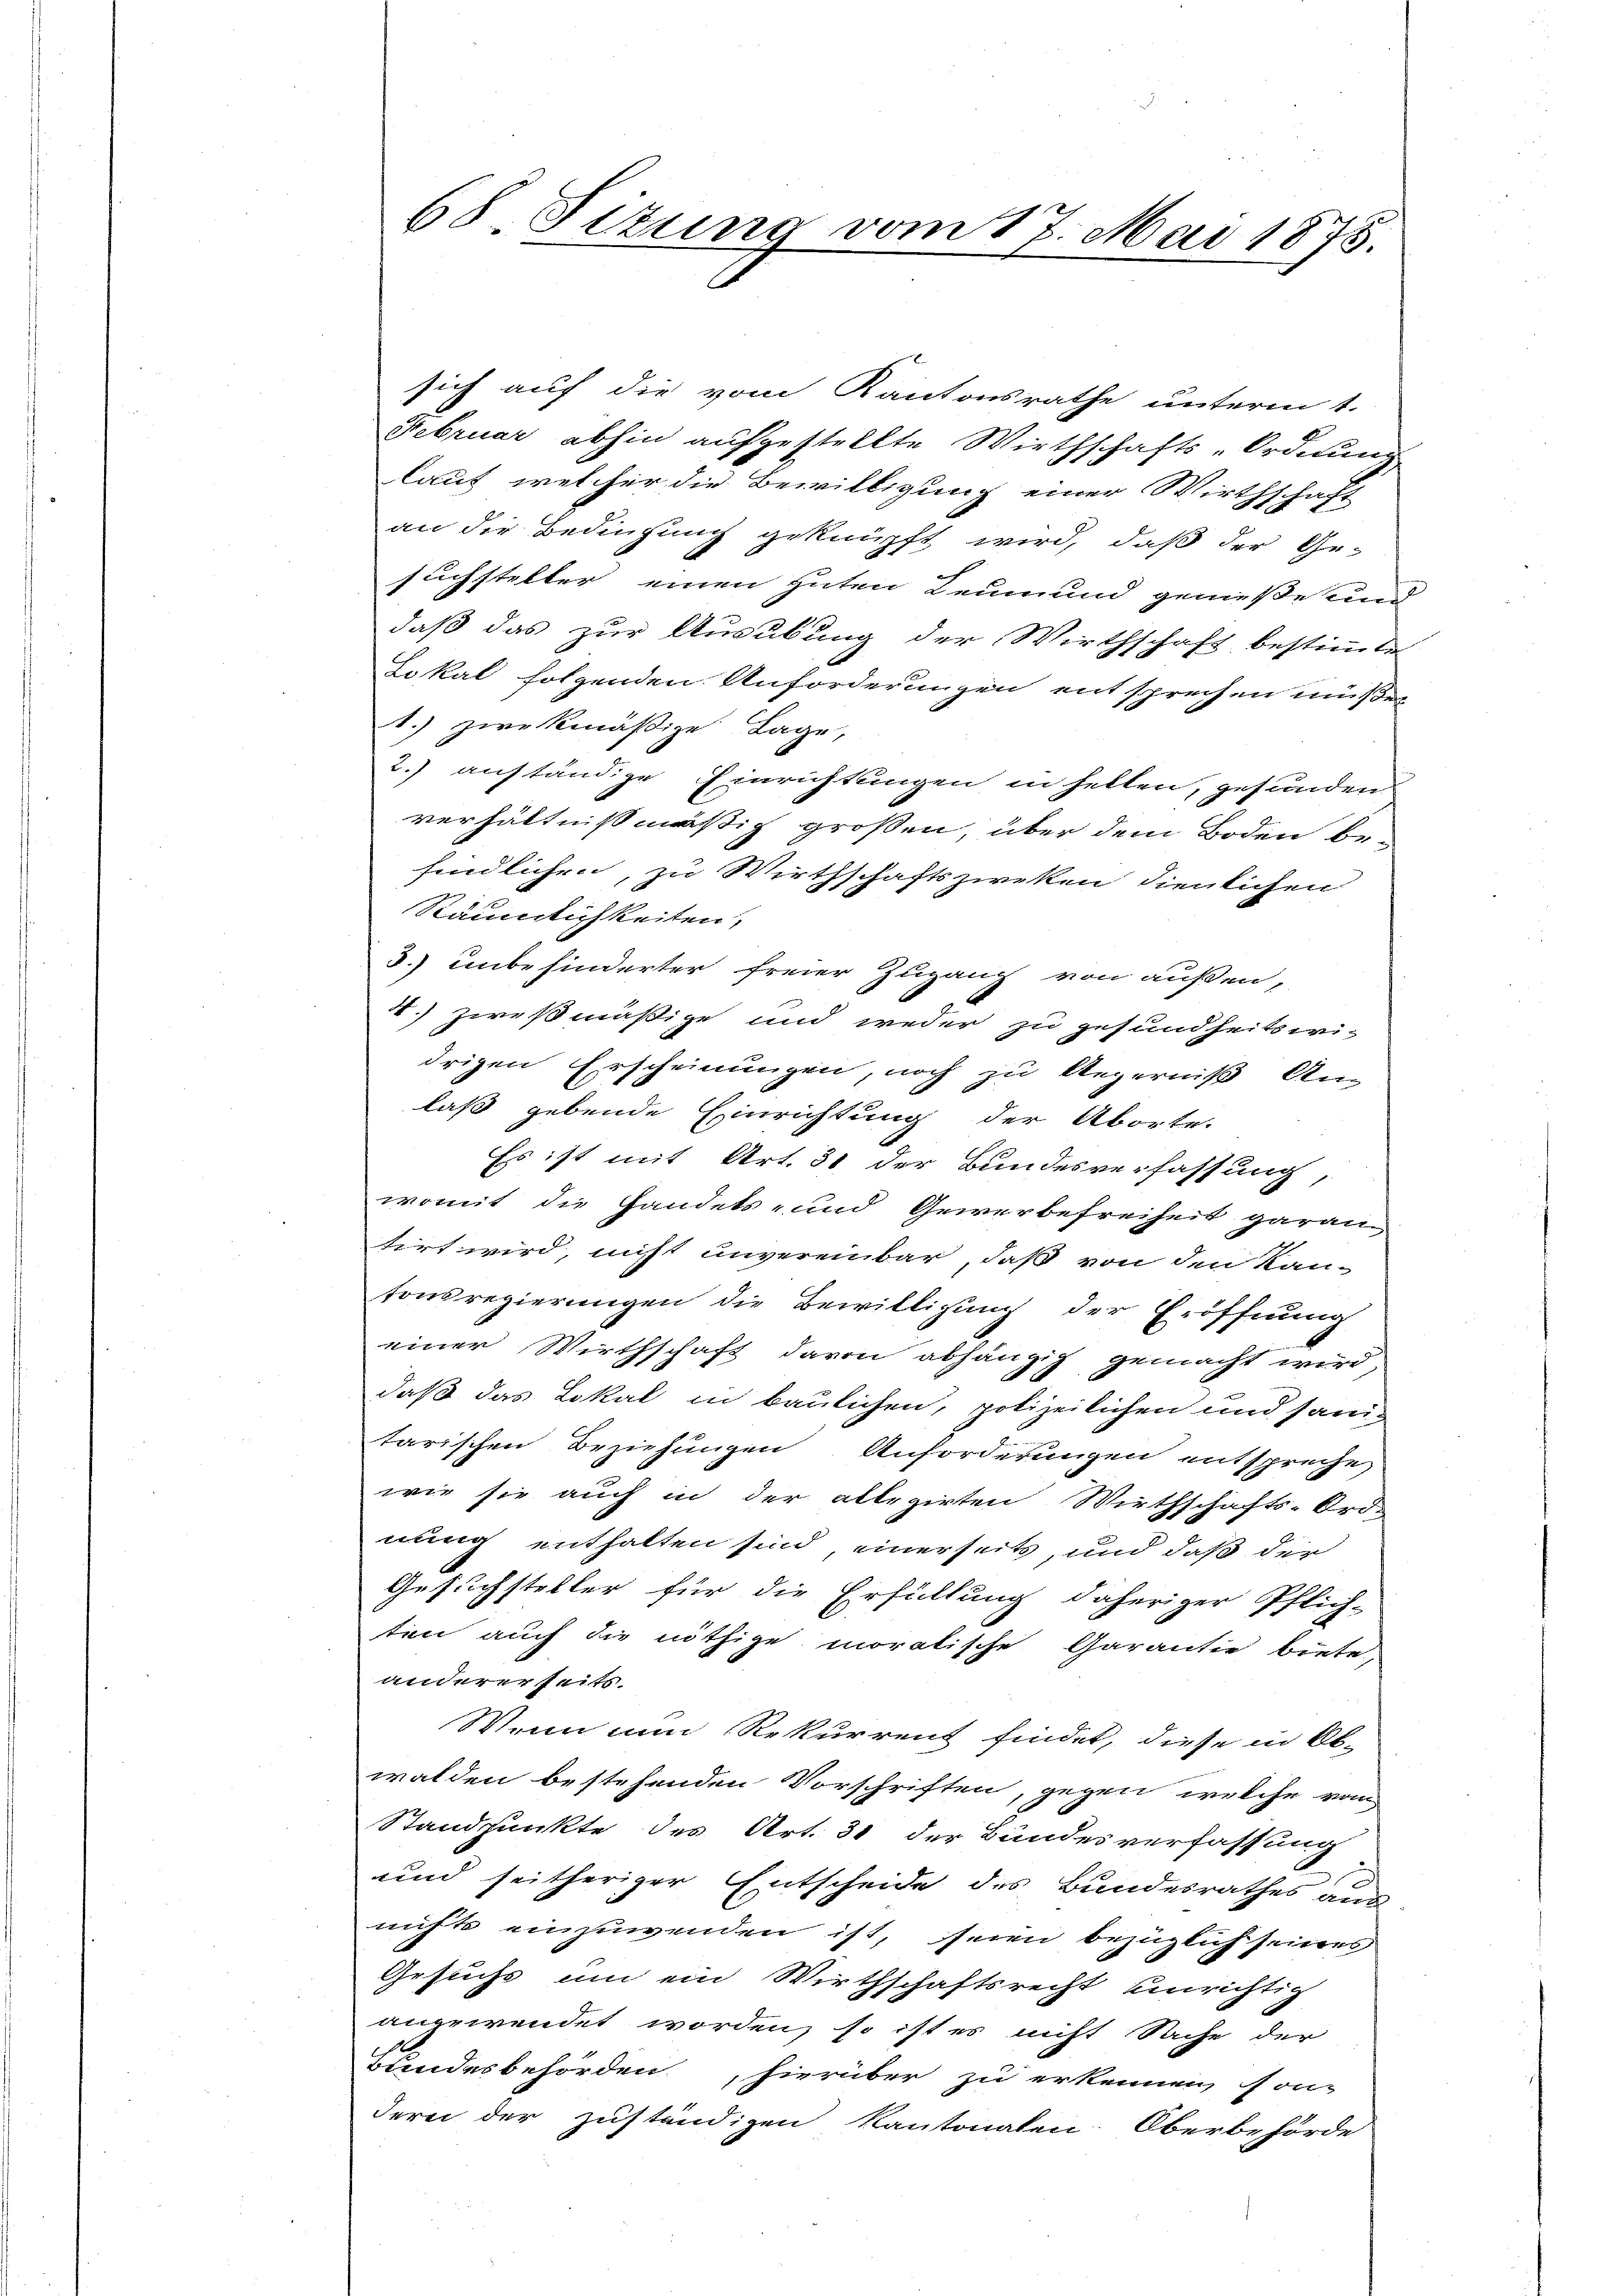
68 Sizung vom 17. Mai 1873.

sich auf die vom Kantonsrathe unterm 1.
Februar abhin aufgestellte Wirthschafts-Ordnung
lauf, welcher die Bewilligung einer Wirthschaft
an die Bedingung geknüpft wird, daß der Gesuchsteller einen guten Leumund genieße und
daß das zur Ausübung der Wirthschaft bestimmte
Lokal folgenden Anforderungen entsprechen müße,
1.) zwekmäßige Lage,
2.) anständige Einrichtungen in hellen, gesunden
verhältnißmäßig großen, über dem Boden befindlichen, zu Wirthschaftszweken dienlichen
Räumlichkeiten.
3. unbehinderter freier Zugang von außen,
4.) Zwesmäßige und weder zu gesundheitsiri-
drigen Erscheinungen, noch zu Angerniß An-
laß gebende Einrichtung der Aborte.
Es ist mit Art. 31 der Bundesverfassung,
womit die Handels- und Gewerbefreiheit garan
tirt wird, nicht unvereinbar, daß von den Kan-
tonsregierungen die Bewilligung der Eröffnung
einer Wirthschaft davon abhängig gemacht wird,
daß das Lokal in baulichen, polizeilichen und sanitarischen Beziehungen Anforderungen entspreche
wie sie auch in der allegirten Wirthschafts-Ord-
nung enthalten sind, einerseits, und daß der
Gesuchsteller für die Erfüllung daheriger Pflich-
ten auch die nöthige moratische Garantie biete,
andererseits.
Wenn in Rekurrent findet, diese in Ob-
walden bestehenden Vorschriften, gegen welche vom
Standpunkte des Art. 31 der Bundesverfassung
und seitheriger Entscheide des Bundesrathes aus
nichts einzuwenden ist, seien bezüglich seines
Gesuchs um ein Wirthschaftsrecht einrichtig
angewendet worden, so ist es nicht Sache der
1
Bundesbehörden hierüber zu erkennen, son-
derei der zuständigen Kantonalen Oberbehörde